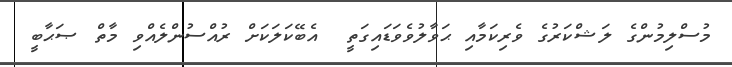
މުސްލިމުންގެ ލަޝްކަރުގެ ވެރިކަމާއި ޙަވާލުވެވަޑައިގަތީ  އެބޭކަލަކަށް ރުއްސުންލެއްވި މާތް ޞަޙާބީ